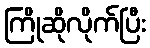
ကြိုဆိုလိုက်ပြီး